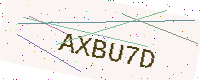
Text: AXBU7D